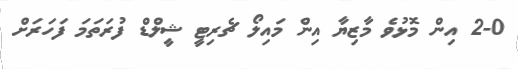
2-0 އިން މޮޅުވެ މާޒިޔާ އިން މައިލޯ ޗެރިޓީ ޝީލްޑް ފުރަތަމަ ފަހަރަށް